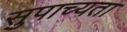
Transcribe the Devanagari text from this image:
सुपाच्यता